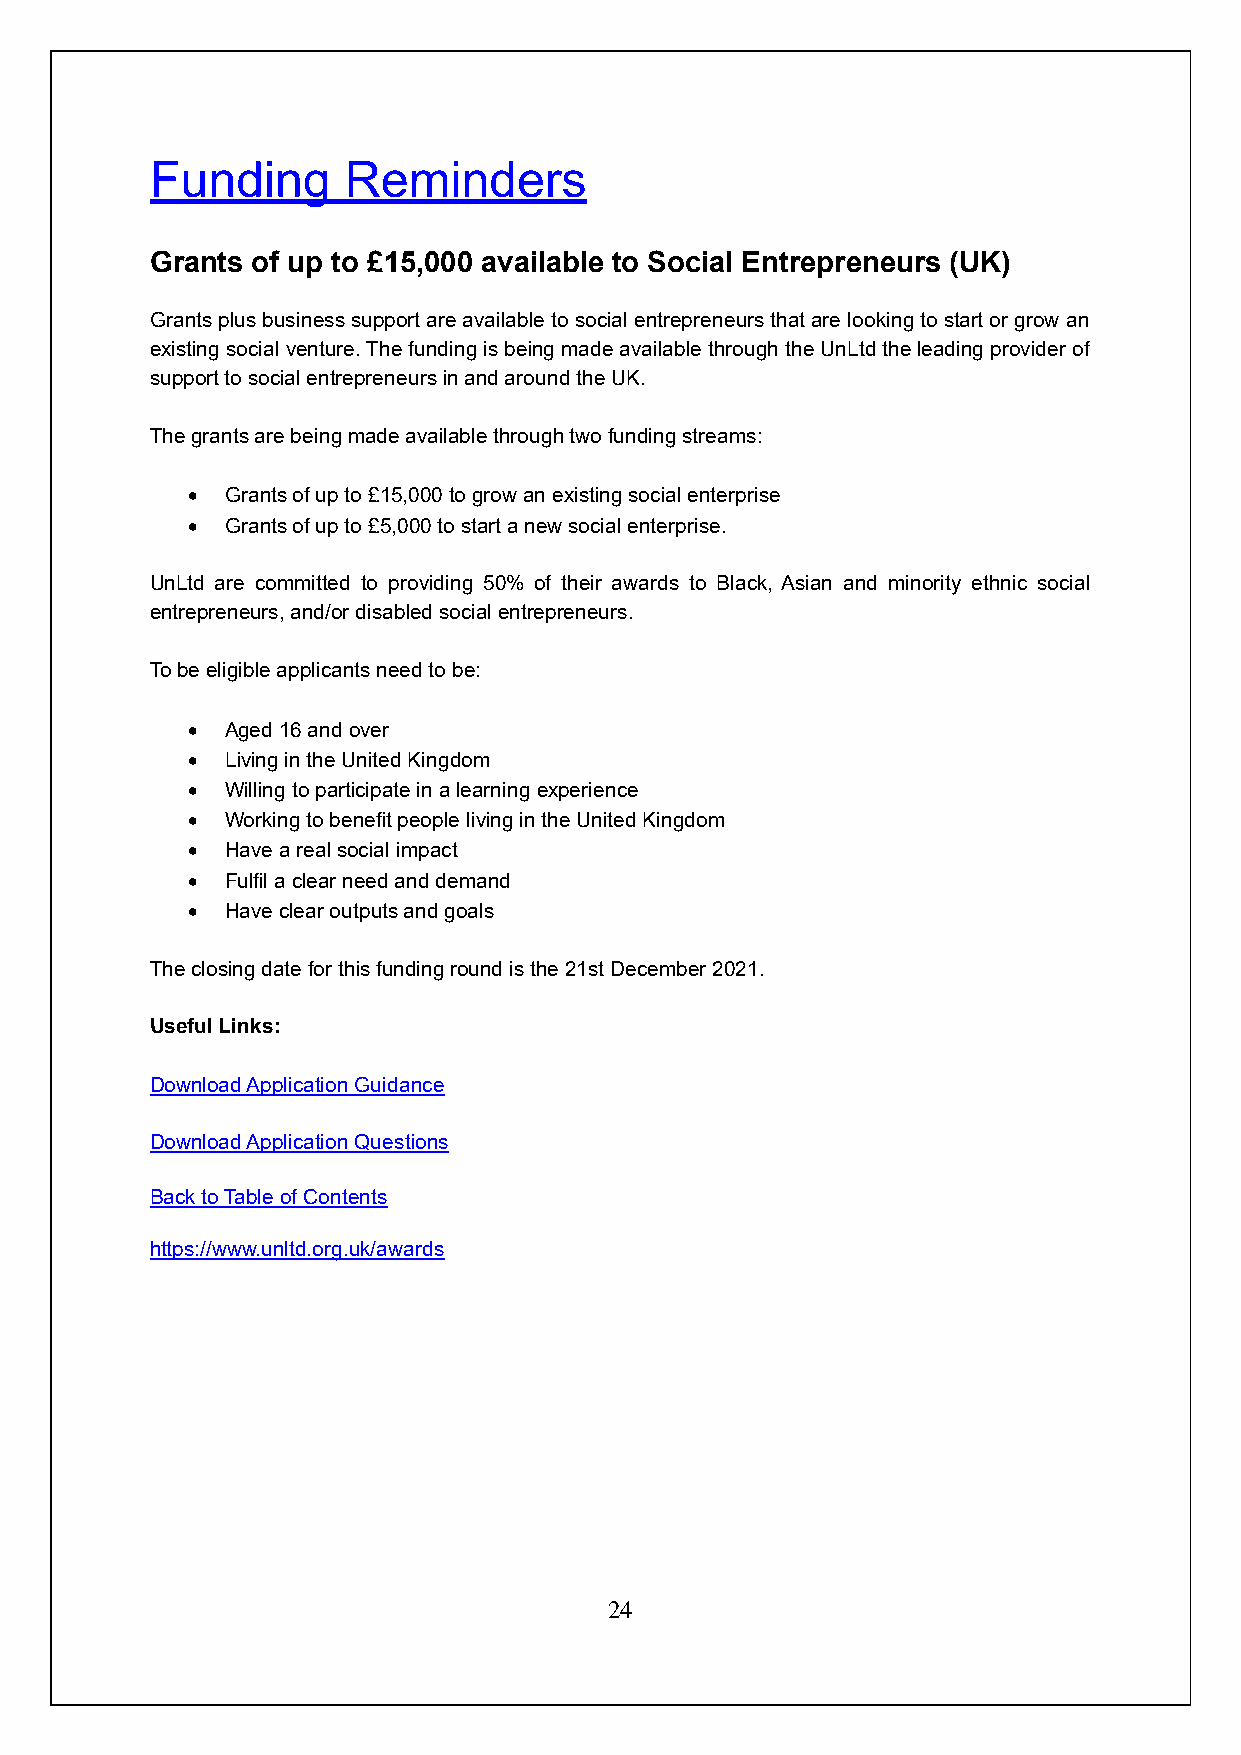
Funding      Reminders
 Grants of up to £15,000 available to Social Entrepreneurs (UK)
 Grants plus business support are available to social entrepreneurs that are looking to start or grow an
 existing social venture. The funding is being made available through the UnLtd the leading provider of
 support to social entrepreneurs in and around the UK.
 The grants are being made available through two funding streams:
 •  Grants of up to £15,000 to grow an existing social enterprise
 •  Grants of up to £5,000 to start a new social enterprise.
 UnLtd are committed to providing 50% of their awards to Black, Asian and minority ethnic social
 entrepreneurs, and/or disabled social entrepreneurs.
 To be eligible applicants need to be:
 •  Aged 16 and over
 •  Living in the United Kingdom
 •  Willing to participate in a learning experience
 •  Working to benefit people living in the United Kingdom
 •  Have a real social impact
 •  Fulfil a clear need and demand
 •  Have clear outputs and goals
 The closing date for this funding round is the 21st December 2021.
 Useful Links:
 Download Application Guidance
 Download Application Questions
 Back to Table of Contents
 https://www.unltd.org.uk/awards
 24